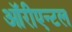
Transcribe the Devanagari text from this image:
ऑरीएन्टल